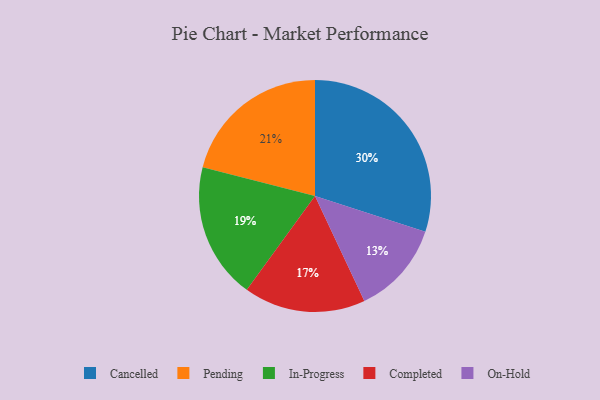
{"axis": {"x": "Category", "y": "Percentage"}, "legend": ["Cancelled", "Completed", "In-Progress", "On-Hold", "Pending"], "data": [{"x": "Pending", "y": 21, "type": "Pending"}, {"x": "In-Progress", "y": 19, "type": "In-Progress"}, {"x": "Completed", "y": 17, "type": "Completed"}, {"x": "Cancelled", "y": 30, "type": "Cancelled"}, {"x": "On-Hold", "y": 13, "type": "On-Hold"}]}